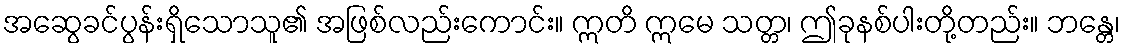
အဆွေခင်ပွန်းရှိသောသူ၏ အဖြစ်လည်းကောင်း။ ဣတိ ဣမေ သတ္တ၊ ဤခုနစ်ပါးတို့တည်း။ ဘန္တေ၊